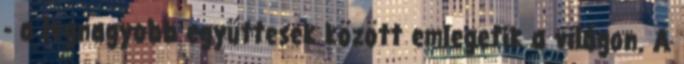
- a legnagyobb együttesek között emlegetik a világon. A